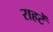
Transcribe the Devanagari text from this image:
राहटें